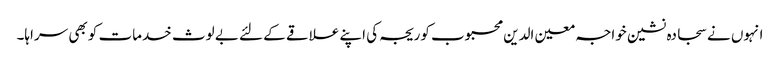
انہوں نے سجادہ نشین خواجہ معین الدین محبوب کوریجہ کی اپنے علاقے کے لئے بے لوث خدمات کو بھی سراہا۔